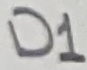
Text: D1